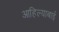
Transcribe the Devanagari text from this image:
आहिल्याबाई